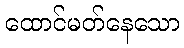
ထောင်မတ်နေသော